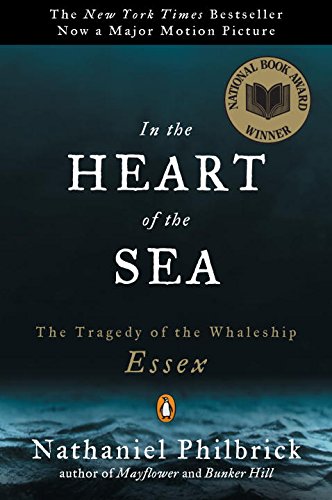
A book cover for In the Heart of the Sea: The Tragedy of the Whaleship Essex; Nathaniel Philbrick; Engineering & Transportation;